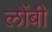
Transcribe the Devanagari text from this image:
लोंबी